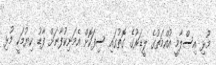
މުޅި އިސްލާމީ އުއްމަތުގެ ލީޑަރުގެ ގޮތުގައި ސިފަކޮށް އެމަނިކުފާނަށް ފާޑު ކިޔުމަކީ މުޅި